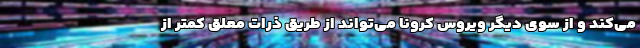
می‌کند و از سوی دیگر ویروس کرونا می‌تواند از طریق ذرات معلق کمتر از